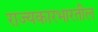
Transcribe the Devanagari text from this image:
राज्यकारभारतील